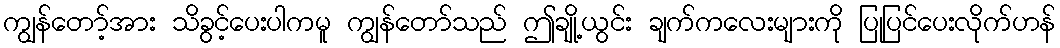
ကျွန်တော့်အား သိခွင့်ပေးပါကမူ ကျွန်တော်သည် ဤချို့ယွင်း ချက်ကလေးများကို ပြုပြင်ပေးလိုက်ဟန်